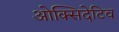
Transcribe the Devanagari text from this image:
ओक्सिदेटिव